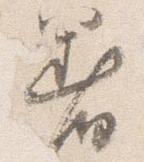
着